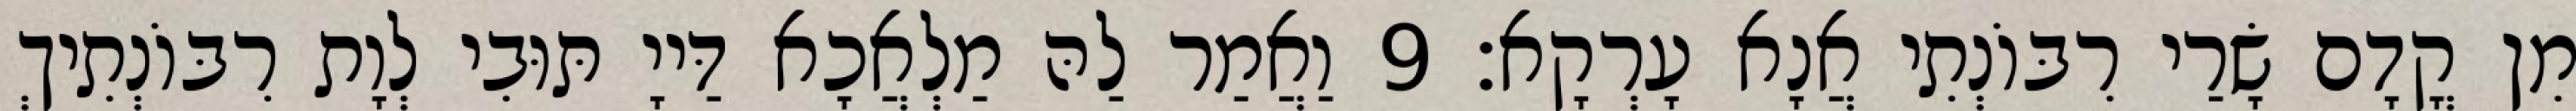
מִן קֳדָם שָׂרַי רִבּוֹנְתִי אֲנָא עָרְקָא׃ 9 וַאֲמַר לַהּ מַלְאֲכָא דַּייָ תּוּבִי לְוָת רִבּוֹנְתִיךְ